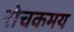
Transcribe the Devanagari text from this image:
रोचकमय